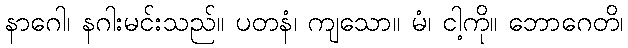
နာဂေါ၊ နဂါးမင်းသည်။ ပတနံ၊ ကျသော။ မံ၊ ငါ့ကို။ ဘောဂေတိ၊